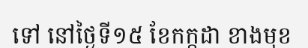
ទៅ នៅថ្ងៃទី១៥ ខែកក្កដា ខាងមុខ